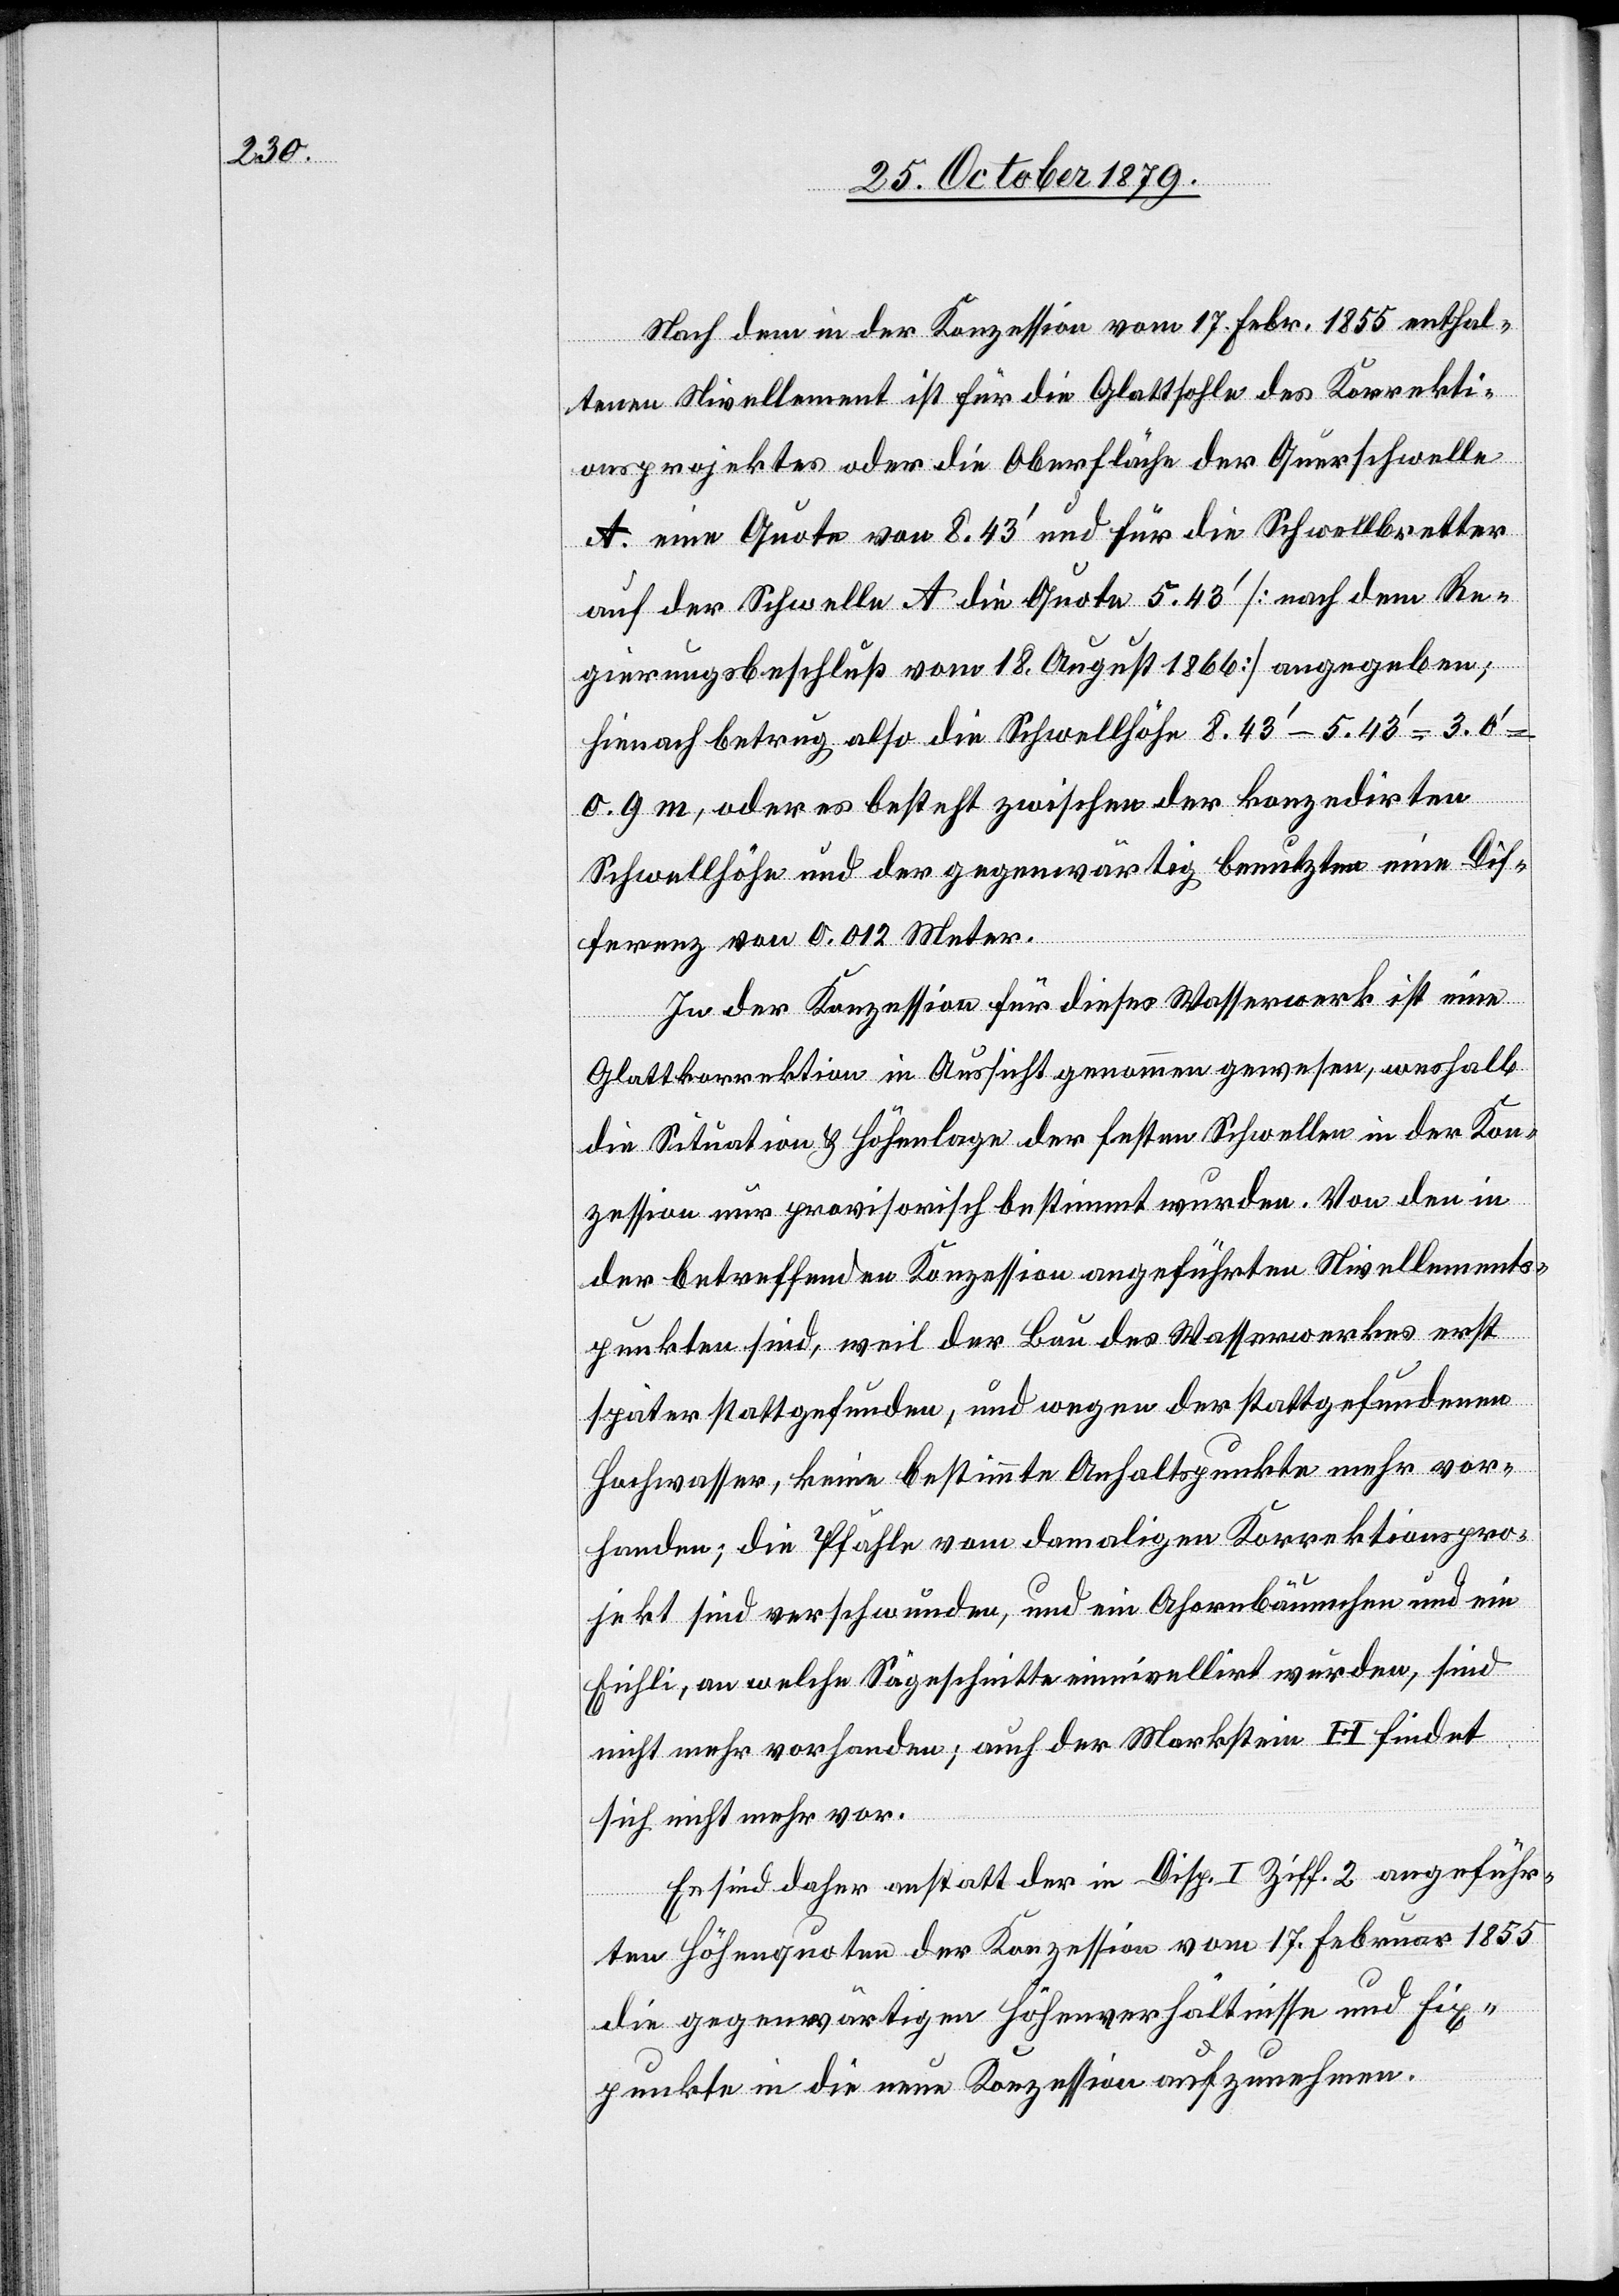
Nach dem in der Konzession vom 17. Febr. 1855 enthal¬
tenen Nivellement ist für die Glattsohle des Korrekti¬
onsprojektes oder die Oberfläche der Querschwelle
A. eine Quote von 8.43’ und für die Schwellbretter
auf der Schwelle A die Quote 5.43’ [nach dem Re¬
gierungsbeschluß vom 18. August 1866] angegeben;
Hienach betrug also die Schwellhöhe 8.43’ – 5.43’ = 3.0’
o. g. m, oder es besteht zwischen der konzedirten
Schwellhöhe und der gegenwärtig benutzten eine Dif¬
ferenz von 0.012 Meter.
In der Konzession für dieses Wasserwerk ist eine
Glattkorrektion in Aussicht genommen gewesen, weshalb
die Situation & Höhenlage der festen Schwelle in der Kon¬
zession nur provisorisch bestimmt wurden. Von den in
der betreffenden Konzession angeführten Nivellements¬
punkten sind, weil der Bau des Wasserwerkes erst
später stattgefunden, und wegen der stattgefundenen
Hochwasser, keine bestimmte Anhaltspunkte mehr vor¬
handen; die Pfähle vom damaligen Korrektionspro¬
jekt sind verschwunden, und ein Ahornbäumchen und ein
Eichli, an welche Sägeschnitte einnivellirt wurden, sind
nicht mehr vorhanden; auch der Markstein H findet
sich nicht mehr vor.
Es sind daher anstatt der in Disp. I Ziff. 2 angeführ¬
ten Höhenquoten der Konzession vom 17. Februar 1855
die gegenwärtigen Höhenverhältnisse und Fix¬
punkte in die neue Konzession aufzunehmen.